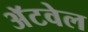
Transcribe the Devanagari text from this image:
अॅटवेल